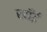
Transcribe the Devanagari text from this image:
खाँईं